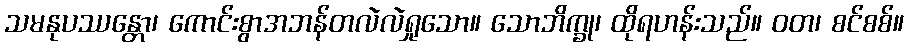
သမနုပဿန္တော၊ ကောင်းစွာအဘန်တလဲလဲရှုသော။ သောဘိက္ခု၊ ထိုရဟန်းသည်။ ဝတ၊ စင်စစ်။